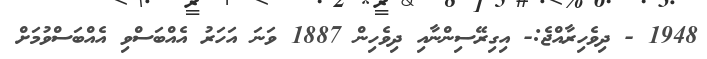
1948 - ދިވެހިރާއްޖެ:- އިގިރޭސިންނާއި ދިވެހިން 1887 ވަނަ އަހަރު އެއްބަސްވި އެއްބަސްވުމަށް